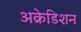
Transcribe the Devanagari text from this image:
अक्रेडिशन